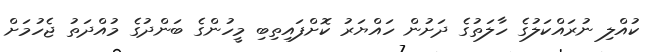
ކުއްލި ނުރައްކަލުގެ ހާލަތުގެ ދަށުން ހައްޔަރު ކޮށްފައިތިބި މީހުންގެ ބަންދުގެ މުއްދަތު ޖެހުމަށް